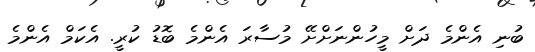
ބުނި އެންމެ ދަށް މީހުންނަށްށޭ މުސާރަ އެންމެ ބޮޑު ކުރީ. އެކަމް އެންމެ